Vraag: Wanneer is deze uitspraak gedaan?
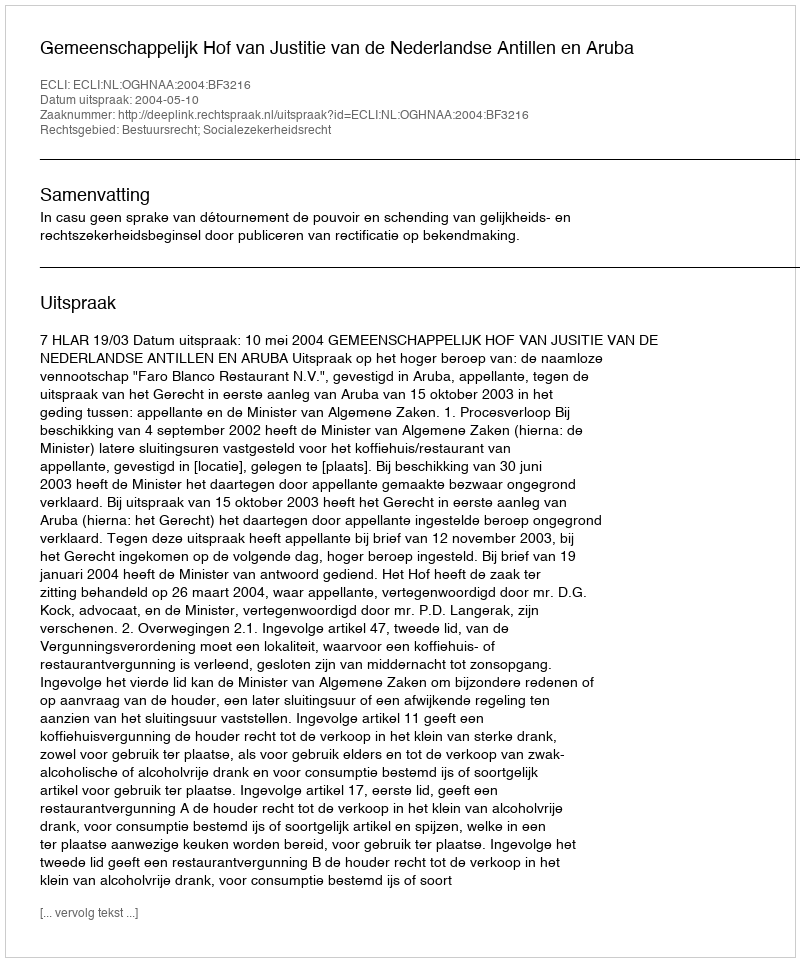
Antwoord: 2004-05-10